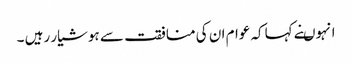
انہوںنے کہاکہ عوام ان کی منافقت سے ہوشیار رہیں ۔